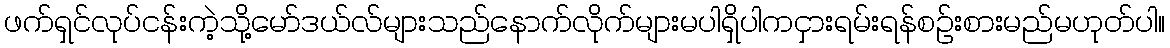
ဖက်ရှင်လုပ်ငန်းကဲ့သို့မော်ဒယ်လ်များသည်နောက်လိုက်များမပါရှိပါကငှားရမ်းရန်စဉ်းစားမည်မဟုတ်ပါ။